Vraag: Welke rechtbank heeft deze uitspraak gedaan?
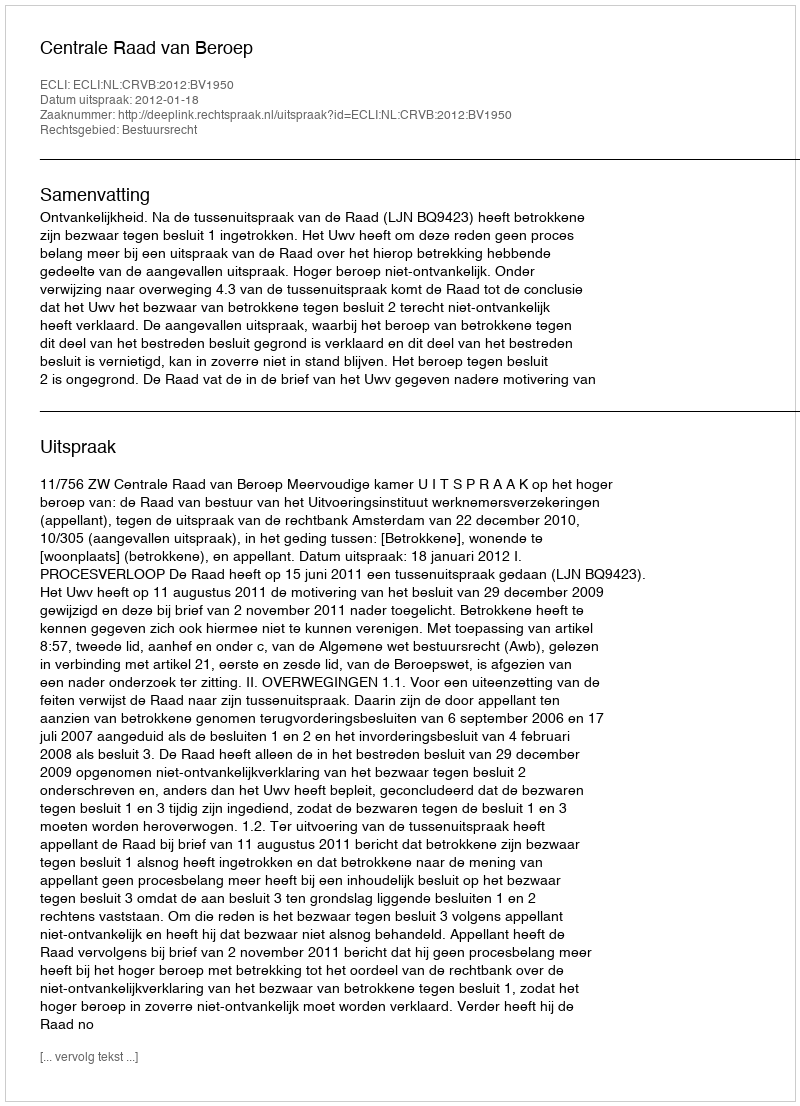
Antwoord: Centrale Raad van Beroep